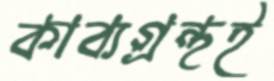
কাব্যগ্রন্থই